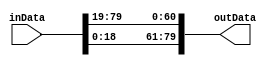
module PresentRotr61Fun(
	input wire [79:0] inData,
	output wire [79:0] outData
);

assign outData = {inData[18:0], inData[79:19]};

endmodule